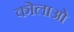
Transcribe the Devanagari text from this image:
कोलाओ